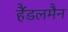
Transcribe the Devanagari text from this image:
हैंडलमैन